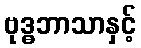
ဗုဒ္ဓဘာသာနှင့်